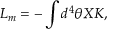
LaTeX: { \cal L } _ { m } = - \int d ^ { 4 } \theta X K ,